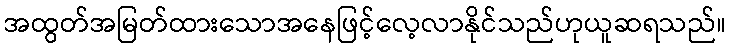
အထွတ်အမြတ်ထားသောအနေဖြင့်လေ့လာနိုင်သည်ဟုယူဆရသည်။